Newspaper: The Republican journal. [volume]
Place of publication: Belfast, Me.
Publisher: White & Rowe
Date: 1870-09-29 00:00:00
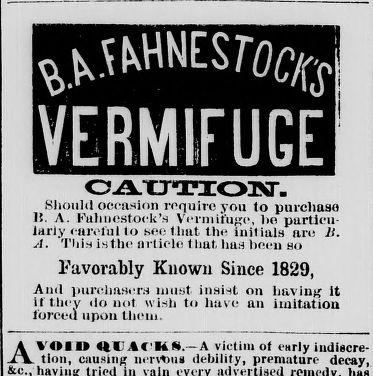
Advertisement text (OCR):
^jkHNESro^ CAUTION. Should occasion require you to purchase 11 A. Fahnestock’s Vermifuge, he particu larly careful to see that the initials are li. A. This is the article that has been so Favorably Known Since 1829, Ami purchasers must insist on having it if they do not wish to have an imitation forced upon them. AVOID IlUACiAW.— A victim of early indiscre tion, causing nervous debility, premature decay, tried in
Label: text-only